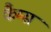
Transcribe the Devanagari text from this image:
कैम्स